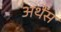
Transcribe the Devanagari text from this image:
अथेंस